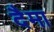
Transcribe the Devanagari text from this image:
दैमा